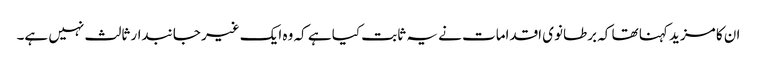
ان کا مزید کہنا تھا کہ برطانوی اقدامات نے یہ ثابت کیا ہے کہ وہ ایک غیر جانبدار ثالث نہیں ہے۔